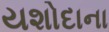
યશોદાના